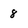
Character: 8